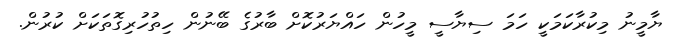
ޔާމީނު މިކުރާކަމަކީ ހަމަ ސިޔާސީ މީހުން ހައްޔަރުކޮށް ބާރުގެ ބޭނުން ހިތުހުރިގޮތަކަށް ކުރުން.